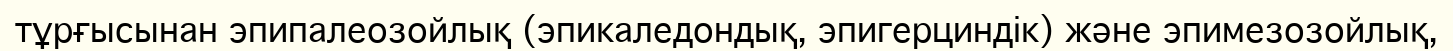
тұрғысынан эпипалеозойлық (эпикаледондық, эпигерциндік) және эпимезозойлық,